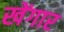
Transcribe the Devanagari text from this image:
खेंगार